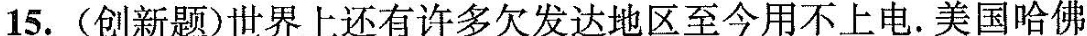
15. (创新题)世界上还有许多欠发达地区至今用不上电。美国哈佛